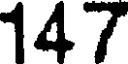
147